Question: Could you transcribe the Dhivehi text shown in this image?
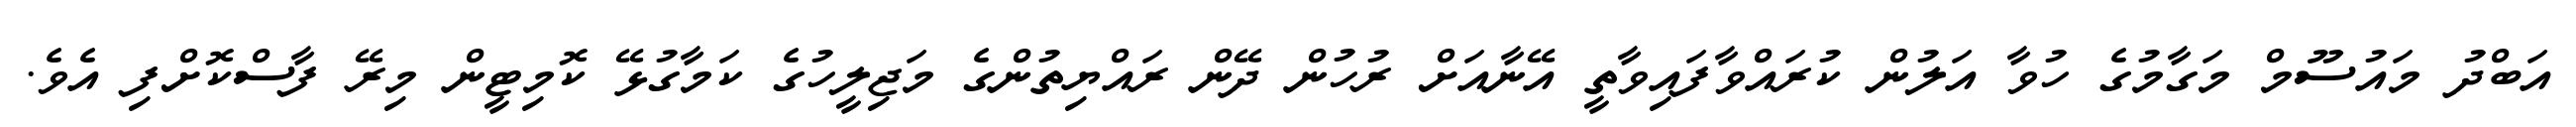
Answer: އަބްދު މައުސޫމް މަގާމުގެ ހުވާ އަލުން ކުރައްވާފައިވާތީ އޭނާއަށް ރުހުން ދޭން ރައްޔިތުންގެ މަޖިލީހުގެ ކަމާގުޅޭ ކޮމިޓީން މިރޭ ފާސްކޮށްފި އެވެ.